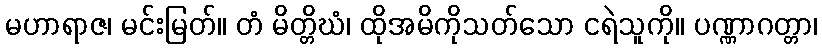
မဟာရာဇ၊ မင်းမြတ်။ တံ မိတ္တိဃံ၊ ထိုအမိကိုသတ်သော ငရဲသူကို။ ပဏ္ဏာဂတ္တာ၊